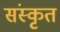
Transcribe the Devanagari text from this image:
संंस्कृृत